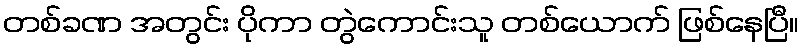
တစ်ခဏ အတွင်း ပိုကာ တွဲကောင်းသူ တစ်ယောက် ဖြစ်နေပြီ။